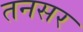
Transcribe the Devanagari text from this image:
तनसर